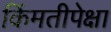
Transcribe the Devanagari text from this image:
किंमतीपेक्षा